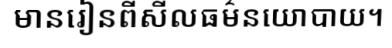
មានរៀនពីសីលធម៌នយោបាយ។